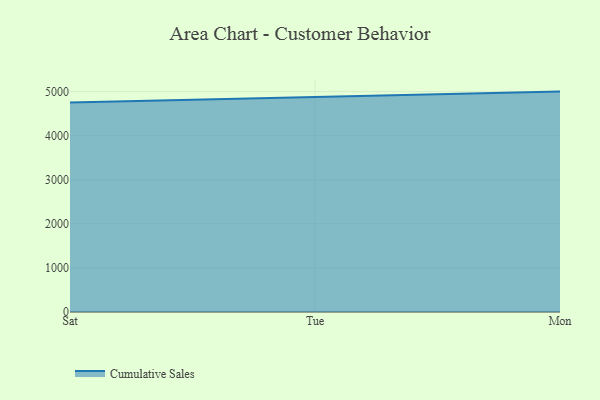
{"axis": {"x": "Day", "y": "Budget (USD K)"}, "legend": ["Cumulative Sales"], "data": [{"x": "Sat", "y": 4753.9, "type": "Cumulative Sales"}, {"x": "Tue", "y": 4868.5, "type": "Cumulative Sales"}, {"x": "Mon", "y": 5000.0, "type": "Cumulative Sales"}]}